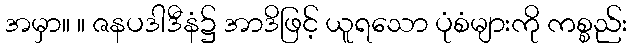
အမှာ။ ။ ဇနပဒါဒီနံ၌ အာဒိဖြင့် ယူရသော ပုံစံများကို ကစ္စည်း